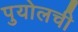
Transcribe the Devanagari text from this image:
पुयोलची